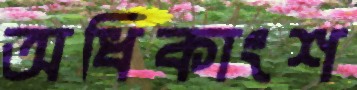
অধিকাংশ